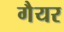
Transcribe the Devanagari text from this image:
गैयर